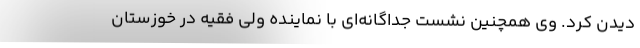
دیدن کرد. وی همچنین نشست جداگانه‌ای با نماینده ولی فقیه در خوزستان